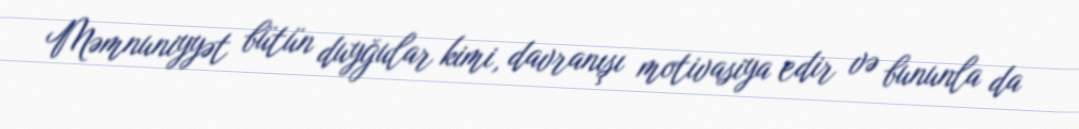
Məmnuniyyət bütün duyğular kimi, davranışı motivasiya edir və bununla da